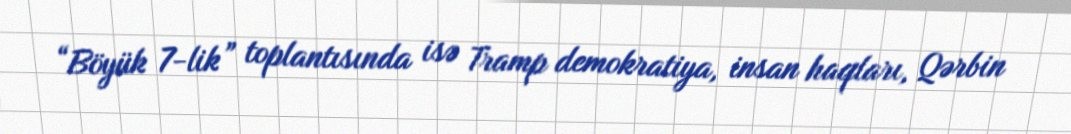
“Böyük 7-lik” toplantısında isə Tramp demokratiya, insan haqları, Qərbin